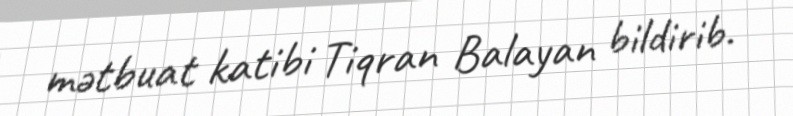
mətbuat katibi Tiqran Balayan bildirib.